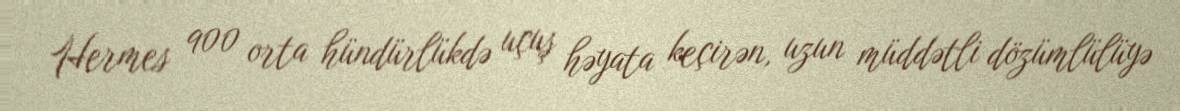
Hermes 900 orta hündürlükdə uçuş həyata keçirən, uzun müddətli dözümlülüyə